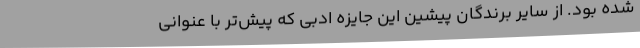
شده بود. از سایر برندگان پیشین این جایزه ادبی که پیش‌تر با عنوانی